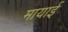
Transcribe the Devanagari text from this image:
मायाई